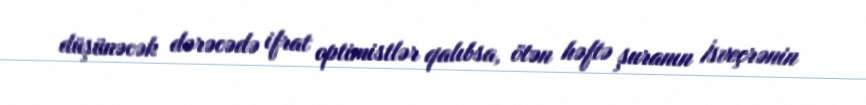
düşünəcək dərəcədə ifrat optimistlər qalıbsa, ötən həftə şuranın İsveçrənin